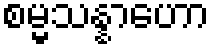
စမ္မသန္နာဟော